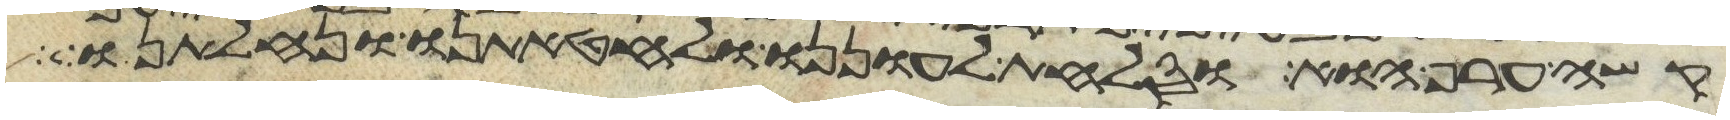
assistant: קשה ערף הוא וסלחת לעוננו ולחטאתינו ונחלתנו